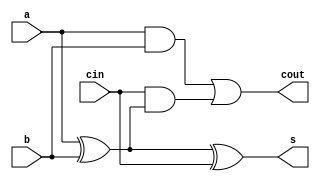
/*1*/
module add_full(
    input   a,
    input   b,
    input   cin,
    output  cout,
    output  s
);

assign s = a ^ b ^ cin;
assign cout = a & b | (cin & (a ^ b));

endmodule